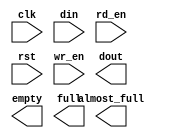
module hdr_fifo(
	clk,
	din,
	rd_en,
	rst,
	wr_en,
	almost_full,
	dout,
	empty,
	full);


input clk;
input [71 : 0] din;
input rd_en;
input rst;
input wr_en;
output almost_full;
output [71 : 0] dout;
output empty;
output full;

// synthesis translate_off

      FIFO_GENERATOR_V3_2 #(
		.C_COMMON_CLOCK(1),
		.C_COUNT_TYPE(0),
		.C_DATA_COUNT_WIDTH(2),
		.C_DEFAULT_VALUE("BlankString"),
		.C_DIN_WIDTH(72),
		.C_DOUT_RST_VAL("0"),
		.C_DOUT_WIDTH(72),
		.C_ENABLE_RLOCS(0),
		.C_FAMILY("virtex2p"),
		.C_HAS_ALMOST_EMPTY(0),
		.C_HAS_ALMOST_FULL(1),
		.C_HAS_BACKUP(0),
		.C_HAS_DATA_COUNT(0),
		.C_HAS_MEMINIT_FILE(0),
		.C_HAS_OVERFLOW(0),
		.C_HAS_RD_DATA_COUNT(0),
		.C_HAS_RD_RST(0),
		.C_HAS_RST(1),
		.C_HAS_SRST(0),
		.C_HAS_UNDERFLOW(0),
		.C_HAS_VALID(0),
		.C_HAS_WR_ACK(0),
		.C_HAS_WR_DATA_COUNT(0),
		.C_HAS_WR_RST(0),
		.C_IMPLEMENTATION_TYPE(0),
		.C_INIT_WR_PNTR_VAL(0),
		.C_MEMORY_TYPE(1),
		.C_MIF_FILE_NAME("BlankString"),
		.C_OPTIMIZATION_MODE(0),
		.C_OVERFLOW_LOW(0),
		.C_PRELOAD_LATENCY(1),
		.C_PRELOAD_REGS(0),
		.C_PRIM_FIFO_TYPE("512x72"),
		.C_PROG_EMPTY_THRESH_ASSERT_VAL(5),
		.C_PROG_EMPTY_THRESH_NEGATE_VAL(6),
		.C_PROG_EMPTY_TYPE(0),
		.C_PROG_FULL_THRESH_ASSERT_VAL(251),
		.C_PROG_FULL_THRESH_NEGATE_VAL(250),
		.C_PROG_FULL_TYPE(0),
		.C_RD_DATA_COUNT_WIDTH(2),
		.C_RD_DEPTH(256),
		.C_RD_FREQ(125),
		.C_RD_PNTR_WIDTH(8),
		.C_UNDERFLOW_LOW(0),
		.C_USE_FIFO16_FLAGS(0),
		.C_VALID_LOW(0),
		.C_WR_ACK_LOW(0),
		.C_WR_DATA_COUNT_WIDTH(2),
		.C_WR_DEPTH(256),
		.C_WR_FREQ(125),
		.C_WR_PNTR_WIDTH(8),
		.C_WR_RESPONSE_LATENCY(1))
	inst (
		.CLK(clk),
		.DIN(din),
		.RD_EN(rd_en),
		.RST(rst),
		.WR_EN(wr_en),
		.ALMOST_FULL(almost_full),
		.DOUT(dout),
		.EMPTY(empty),
		.FULL(full),
		.BACKUP(),
		.BACKUP_MARKER(),
		.PROG_EMPTY_THRESH(),
		.PROG_EMPTY_THRESH_ASSERT(),
		.PROG_EMPTY_THRESH_NEGATE(),
		.PROG_FULL_THRESH(),
		.PROG_FULL_THRESH_ASSERT(),
		.PROG_FULL_THRESH_NEGATE(),
		.RD_CLK(),
		.RD_RST(),
		.SRST(),
		.WR_CLK(),
		.WR_RST(),
		.ALMOST_EMPTY(),
		.DATA_COUNT(),
		.OVERFLOW(),
		.PROG_EMPTY(),
		.PROG_FULL(),
		.VALID(),
		.RD_DATA_COUNT(),
		.UNDERFLOW(),
		.WR_ACK(),
		.WR_DATA_COUNT());


// synthesis translate_on

endmodule